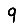
Digit: 9